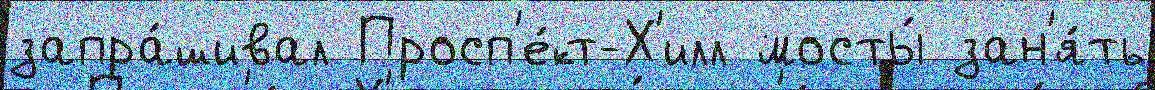
запра́шивал Просп'е́кт-Х'илл мосты́ зан'я́ть